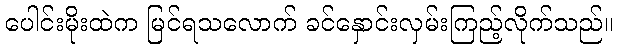
ပေါင်းမိုးထဲက မြင်ရသလောက် ခင်နှောင်းလှမ်းကြည့်လိုက်သည်။